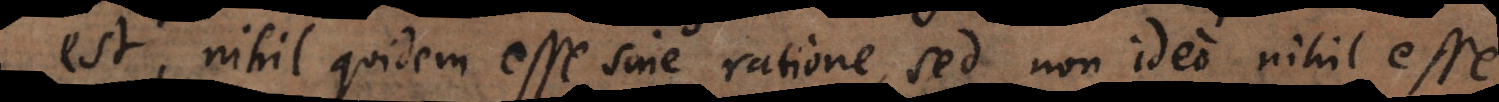
est, nihil quidem esse sine ratione, sed non ideo nihil esse